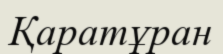
Қаратұран